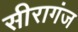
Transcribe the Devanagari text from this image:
सीरागंज